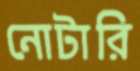
নোটারি